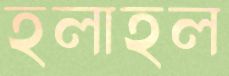
হলাহল